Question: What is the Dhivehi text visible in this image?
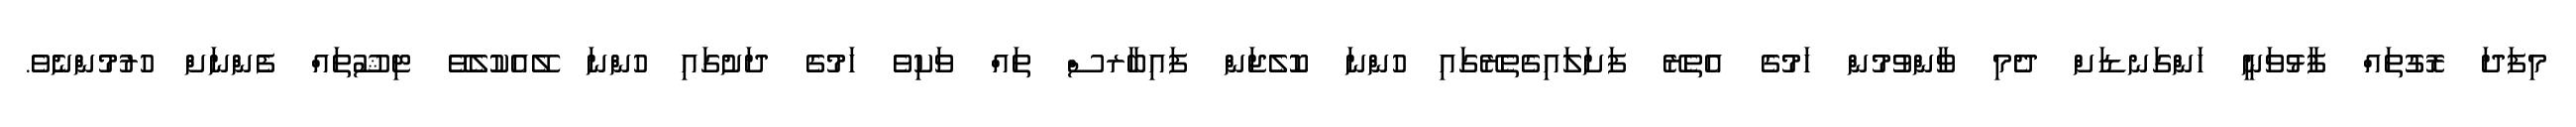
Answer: މިފަދަ ރޮގުތައް ފާޅުވަނީ ހަންގަނޑަށް ދެމި ވާންވުމުން ހަމުގެ އެތެރޭ ފަށަލައިގެތެރޭގައި ހުންނަ ކޮލެޖަން ފައިބާރސް ތައް ވަކިވެ ހަމުގެ ދަށުގައި ހުންނަ ލޭއެކުލެވޭ ޓިޝޫތައް ފެންނަށް ހުރުމުންނެވެ.